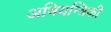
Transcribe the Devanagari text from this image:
अभियन्त्रिकी